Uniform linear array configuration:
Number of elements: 48
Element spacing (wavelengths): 0.75
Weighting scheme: uniform
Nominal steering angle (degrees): -45
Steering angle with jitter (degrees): -43.073
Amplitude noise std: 0.05
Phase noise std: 0.05

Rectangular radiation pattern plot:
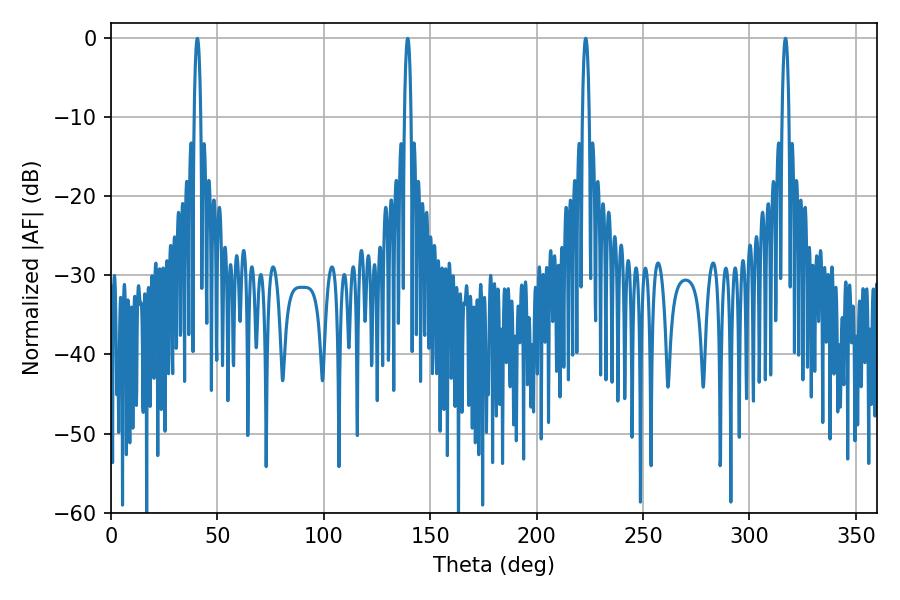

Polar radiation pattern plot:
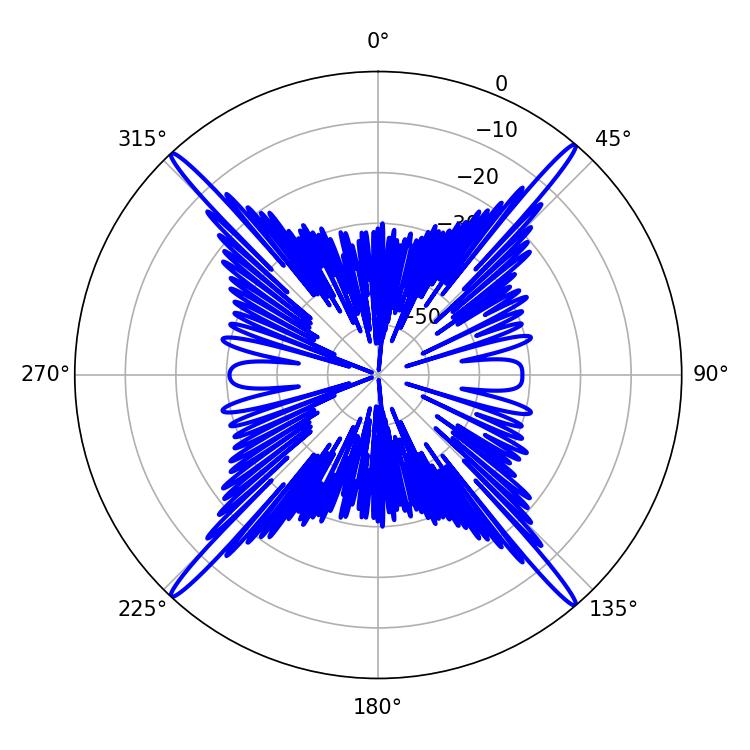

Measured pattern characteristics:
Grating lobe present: TRUE
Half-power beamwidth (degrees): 1.8
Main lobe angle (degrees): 223.02